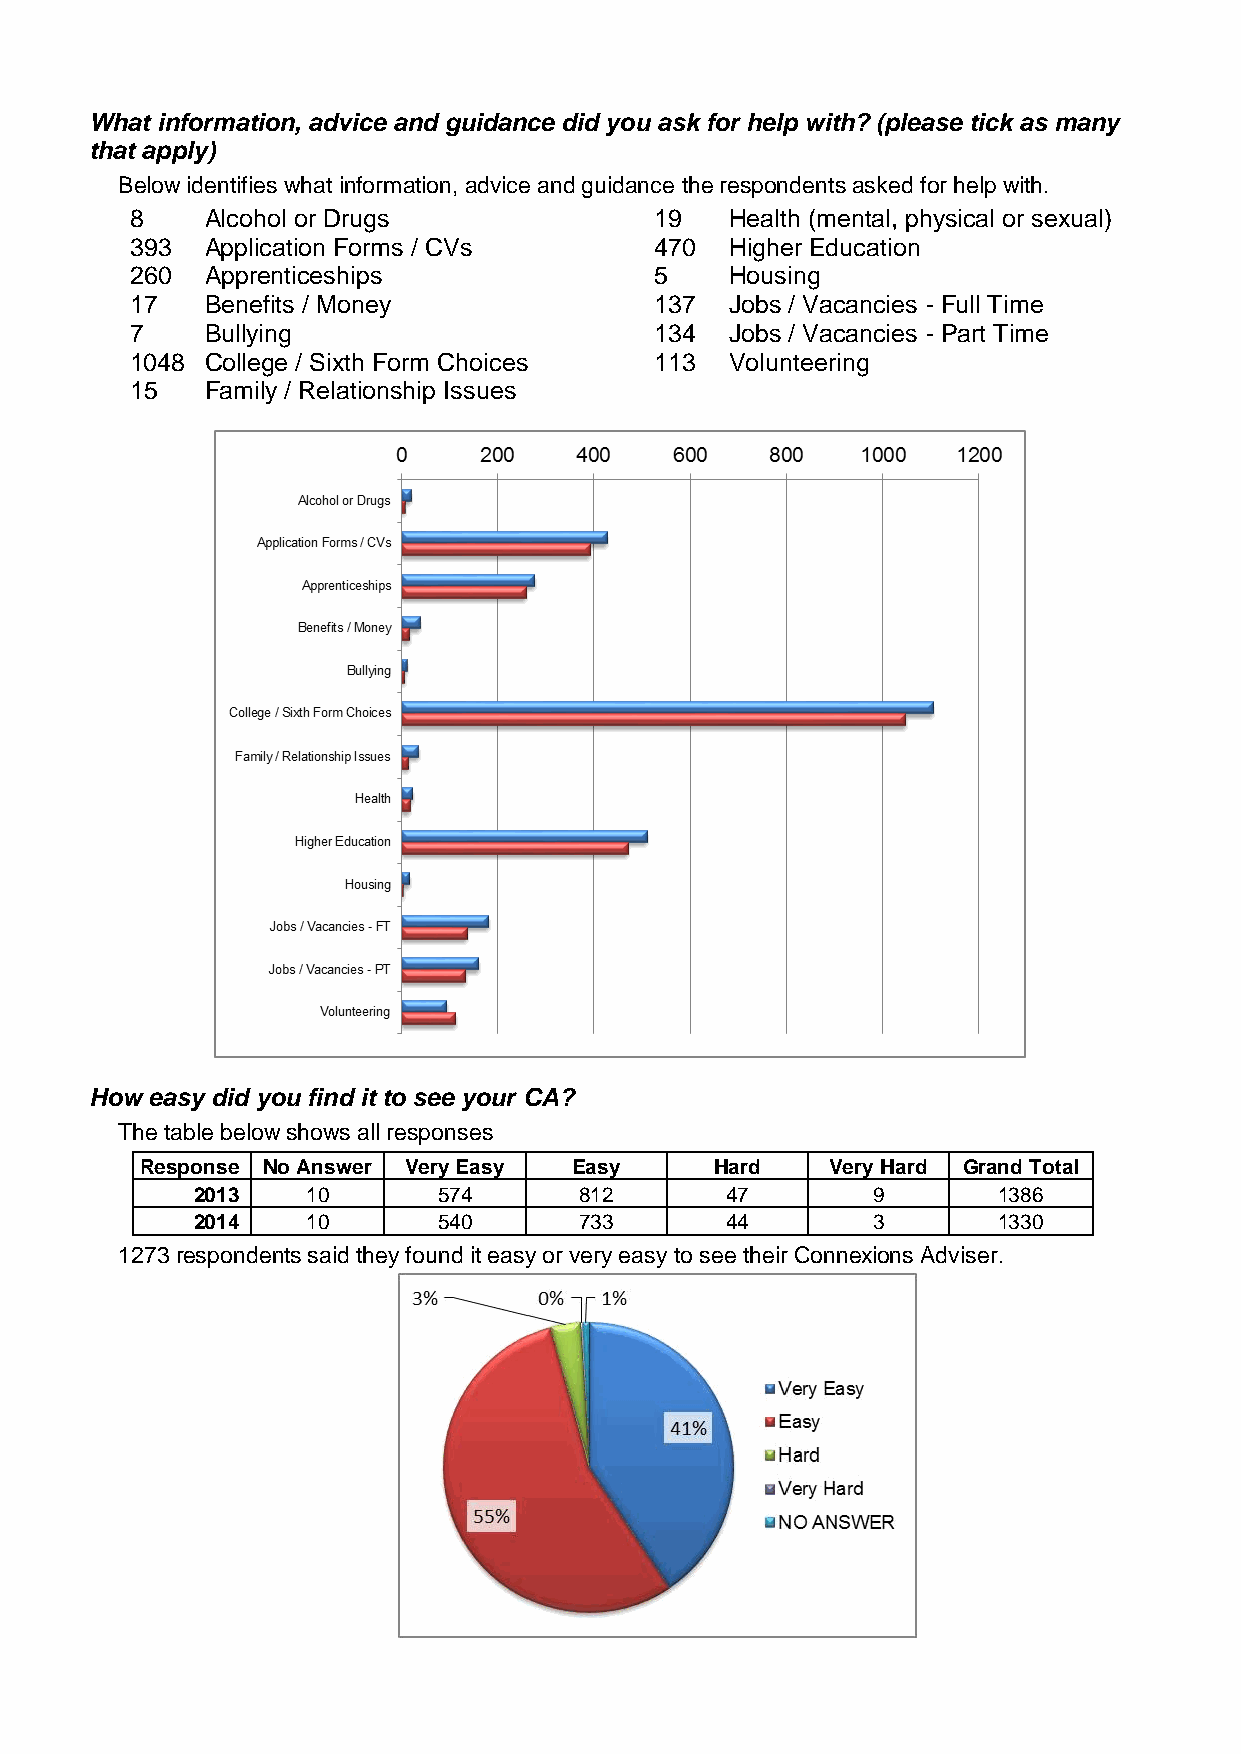
What information, advice and guidance did you ask for help with? (please tick as many
 that apply)
 Below identifies what information, advice and guidance the respondents asked for help with.
 8    Alcohol or Drugs             19   Health (mental, physical or sexual)
 393  Application Forms / CVs      470  Higher Education
 260  Apprenticeships              5    Housing
 17   Benefits / Money             137  Jobs / Vacancies - Full Time
 7    Bullying                     134  Jobs / Vacancies - Part Time
 1048 College / Sixth Form Choices 113  Volunteering
 15   Family / Relationship Issues
 How easy did you find it to see your CA?
 The table below shows all responses
 Response No Answer Very Easy Easy     Hard    Very Hard Grand Total
 2013   10       574      812       47        9       1386
 2014   10       540      733       44        3       1330
 1273 respondents said they found it easy or very easy to see their Connexions Adviser.